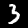
Label: 3